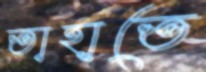
তাহাতে